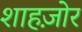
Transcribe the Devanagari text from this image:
शाहज़ोर